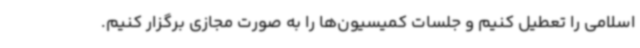
اسلامی را تعطیل کنیم و جلسات کمیسیون‌ها را به صورت مجازی برگزار کنیم.